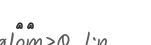
١٥